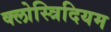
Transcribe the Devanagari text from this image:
क्लोस्त्रिदियम